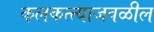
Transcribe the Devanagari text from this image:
कलकत्त्याजवळील